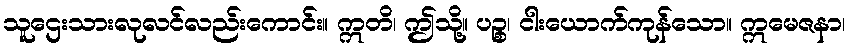
သူဌေးသားလုလင်လည်းကောင်း။ ဣတိ၊ ဤသို့။ ပဉ္စ၊ ငါးယောက်ကုန်သော။ ဣမေဇနာ၊